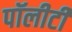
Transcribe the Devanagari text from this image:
पॉलीटी